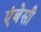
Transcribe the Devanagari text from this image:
एंबेसी